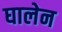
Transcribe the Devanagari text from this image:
घालेन